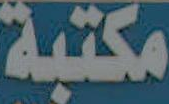
مكتبة